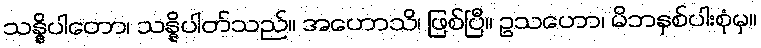
သန္နိပါတော၊ သန္နိပါတ်သည်။ အဟောသိ၊ ဖြစ်ပြီ။ ဥသဟော၊ မိဘနှစ်ပါးစုံမှ။